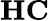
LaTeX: \mathbf{H}\mathbf{C}